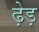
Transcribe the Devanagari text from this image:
ढ़ेड़